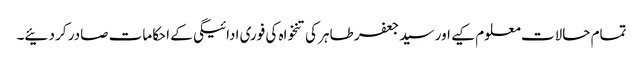
تمام حالات معلوم کیے اور سید جعفر طاہر کی تنخواہ کی فوری ادائیگی کے احکامات صادر کر دئیے۔